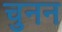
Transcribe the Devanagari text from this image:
चुनन